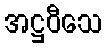
အဋ္ဌဝီသေ